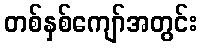
တစ်နှစ်ကျော်အတွင်း